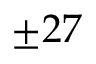
\pm 2 7